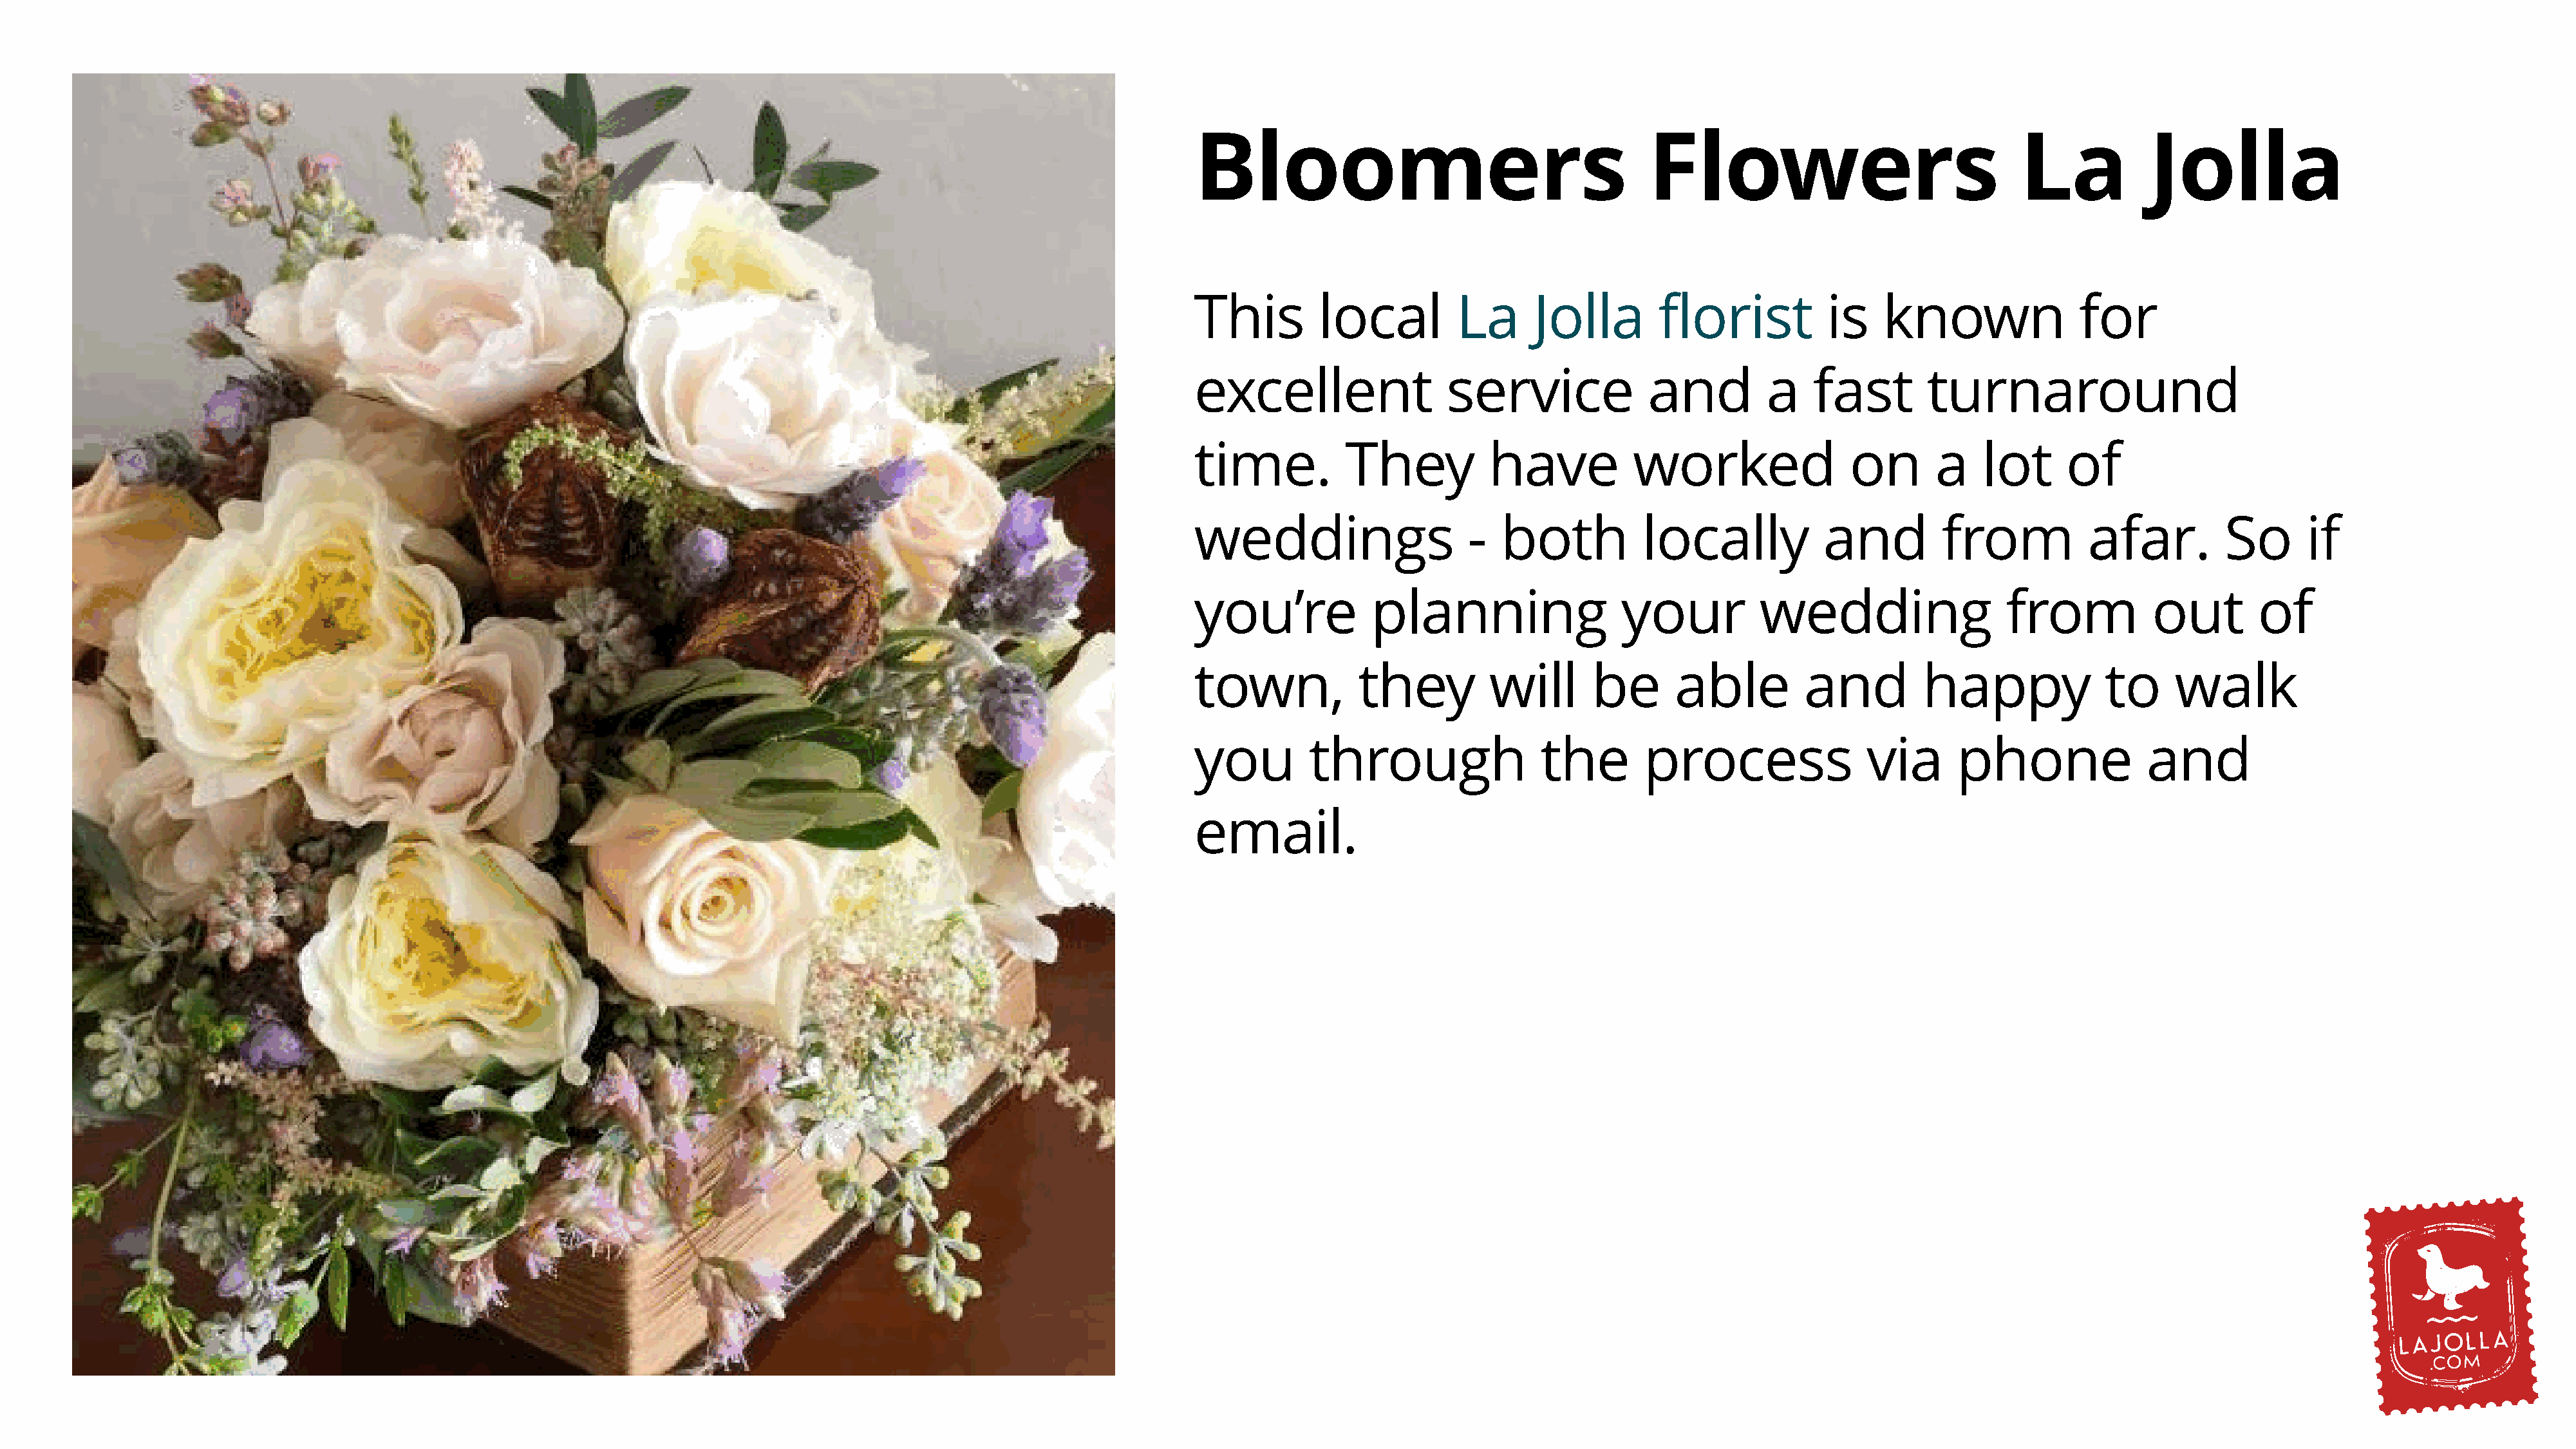
Bloomers                                      Flowers                                La           Jolla
 This         local         La      Jolla       florist           is    known               for
 excellent                 service             and          a   fast        turnaround
 time.          They           have           worked                on       a    lot     of
 weddings                    -  both           locally           and          from           afar.         So      if
 you’re            planning                  your          wedding                  from           out        of
 town,            they         will       be      able         and          happy             to      walk
 you         through                the        process                via      phone               and
 email.